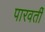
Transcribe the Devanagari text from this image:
पारवर्ती